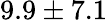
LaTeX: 9.9\pm 7.1